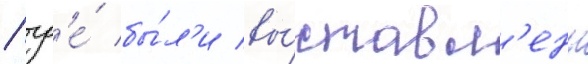
/ гд'е́ бы́л'и вы́ставл'ены